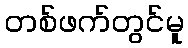
တစ်ဖက်တွင်မူ